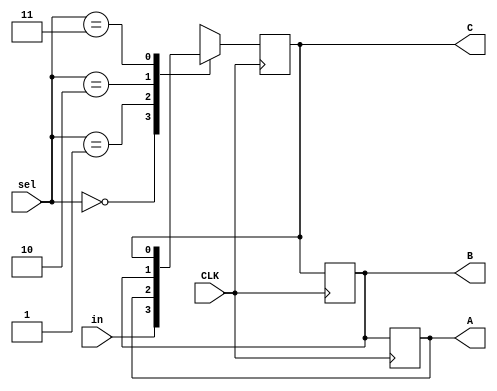
module mux4_shift_blocking(A, B, C, in, CLK, sel);
  output A, B, C;
  input in, CLK;
  input[1:0] sel;

  reg A, B, C, y;
  
  always @(y or in or A or B or C or sel) begin
    case(sel)
      0: y = in;
      1: y = A;
      2: y = B;
      3: y = C;
      default: y = 1'bx;
    endcase
  end

  always @(posedge CLK) begin
    A = B;
    B = C;
    C = y;
  end
endmodule